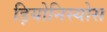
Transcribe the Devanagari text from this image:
ड़ियोनिस्योस